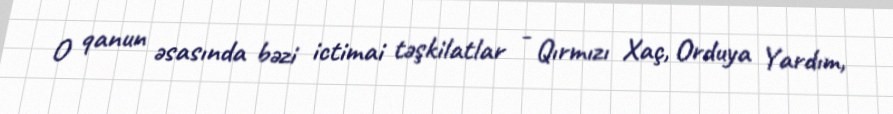
O qanun əsasında bəzi ictimai təşkilatlar - Qırmızı Xaç, Orduya Yardım,